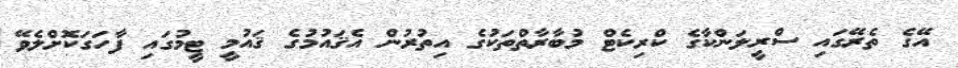
އޭގެ ތެރޭގައި ސްރީލަންކާގެ ކްރިކެޓް މުބާރާތްތަކުގެ އިތުރުން އެޤައުމުގެ ޤައުމީ ޓީމުގައި ފާހަގަކޮށްލެވޭ